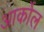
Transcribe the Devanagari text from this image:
आर्कोल